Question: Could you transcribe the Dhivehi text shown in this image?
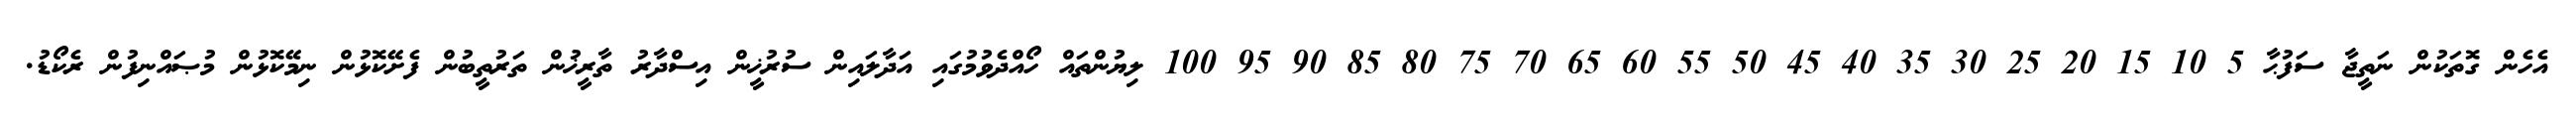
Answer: އެހެން ގޮތަކުން ނަތީޖާ ސަފުޙާ 5 10 15 20 25 30 35 40 45 50 55 60 65 70 75 80 85 90 95 100 ލިޔުންތައް ހޯއްދެވުމުގައި އަދާލައިން ސުރުޚީން އިސްދާރު ތާރީޚުން ތަރުތީބުން ފެށޭކޮޅުން ނިމޭކޮޅުން މުޞައްނިފުން ރެކޯޑު.